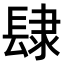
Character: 𨽸